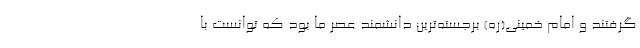
گرفتند و امام خمینی(ره) برجسته‌ترین دانشمند عصر ما بود که توانست با